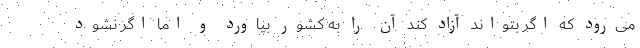
می‌رود که اگر بتواند آزاد کند آن را به کشور بیاورد و اما اگر نشود